Leningradi_Edasi_toimetus, lk 50
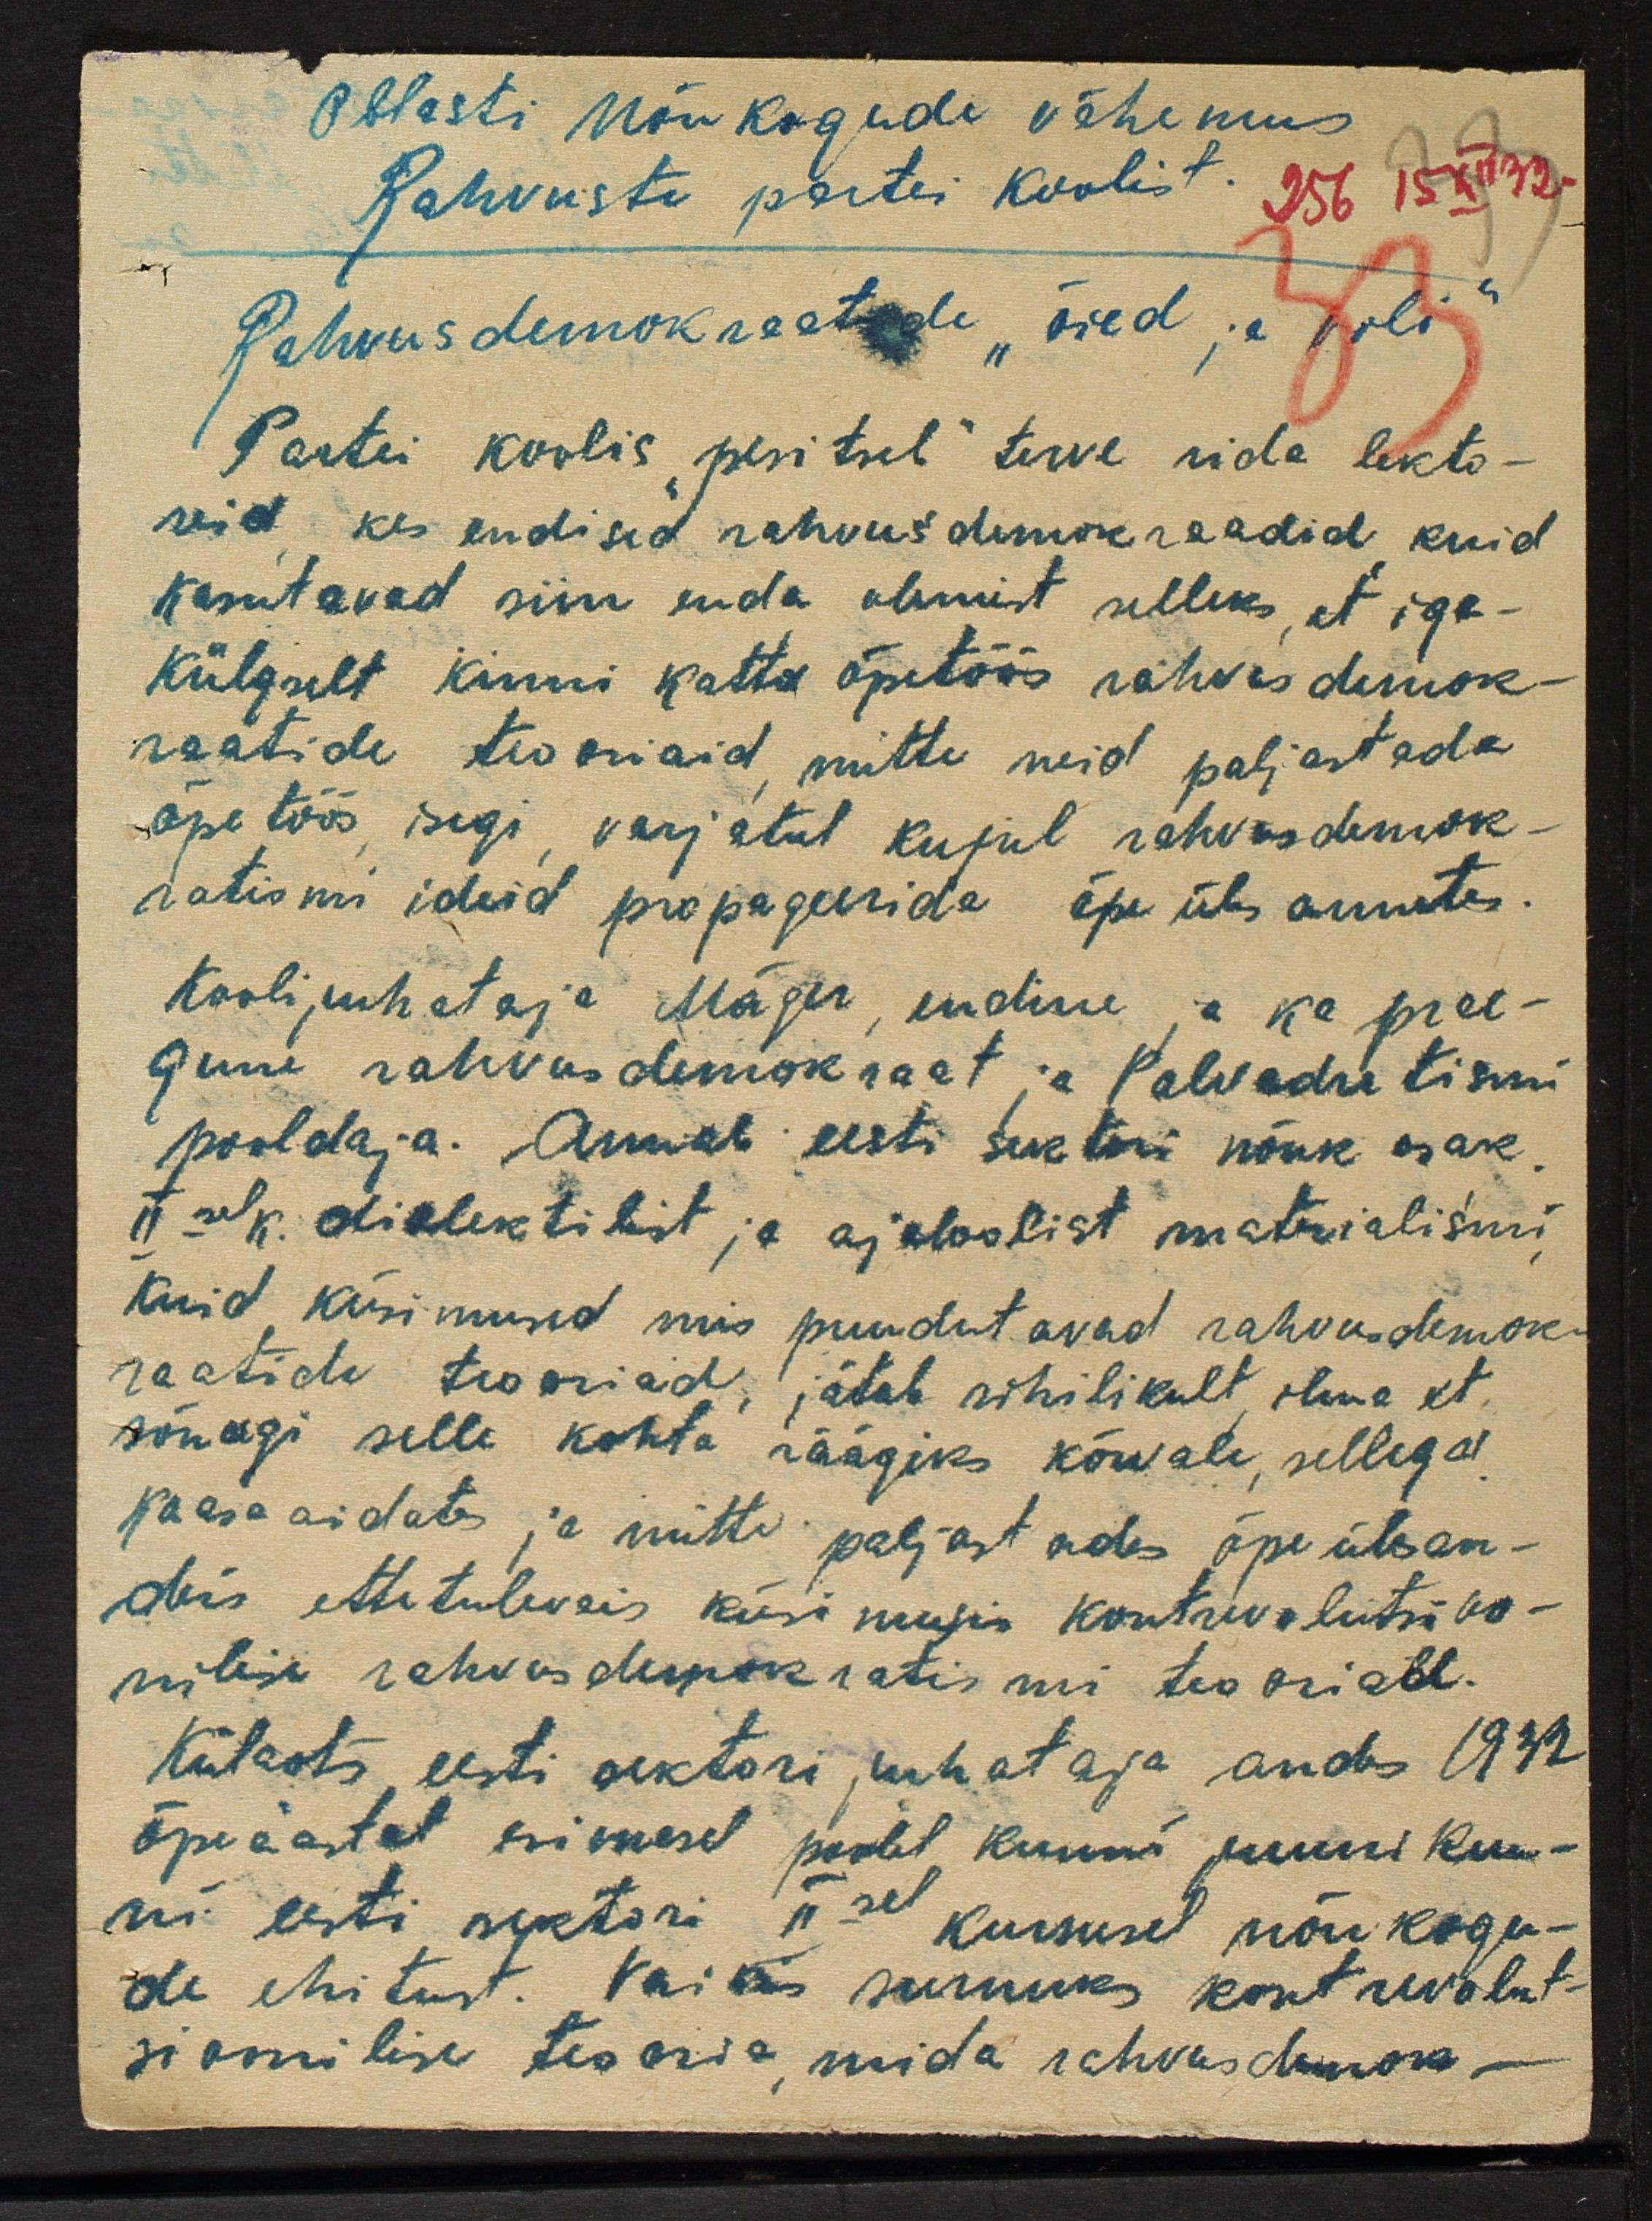
Oblasti nõukogude vähemus
Rahvuste partei koolist
256 15 XII 32.
Rahvusdemokreetide "õied ja voli"
Partei koolis "pesitseb" terve rida lekto-
reid kes endised rahvus demokraadid kuid
kasutavad siin enda olemist selleks, et iga-
külgselt kinni katta õpetöös rahvas demok-
raatide teooriaid mitte neid paljastada
õpetöös isegi, varjatul kujul rahvasdemok-
ratismi ideid propageerida õpe üles annetes.
Koolijuhataja Mäger, endine ja ka pree-
gune rahvusdemokraat ja Palvadretismi
pooldaja. Annab eesti sektori nõuk osak
IIsel k. dialektilist ja ajaloolist materialismi
kuid küsimused mis puudutavad rahvusdemok-
raatide tooriad, jätab sihilikult ilma et
sõnagi selle kohta räägiks kõrvale, sellega
kaasa aidates ja mitte paljastades õpe ülesan-
deis ettetulevais küsimusis kontrevolutsioo-
nilise rahvademokratismi teooriat.
Külaots eesti sektori juhataja andis 1932
õpeaastal esimesel poolel kuuni juuni kuu-
ni eesti sektori IIsel kursusel nõukogu-
de ehitust. Vaikis surnuks kontrevolut-
sioonilise teooria, mida rahvusdemok-